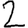
Digit: 2